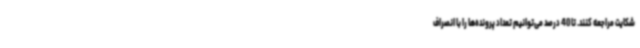
شکایت مراجعه کنند. تا 40 درصد می‌توانیم تعداد پرونده‌ها را با انصراف